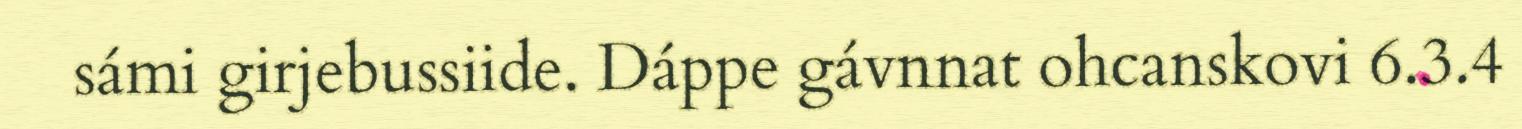
sámi girjebussiide. Dáppe gávnnat ohcanskovi 6.3.4